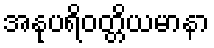
အနုပရိဝတ္တိယမာနာ